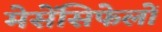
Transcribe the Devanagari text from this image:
मेसेंसिफेलों